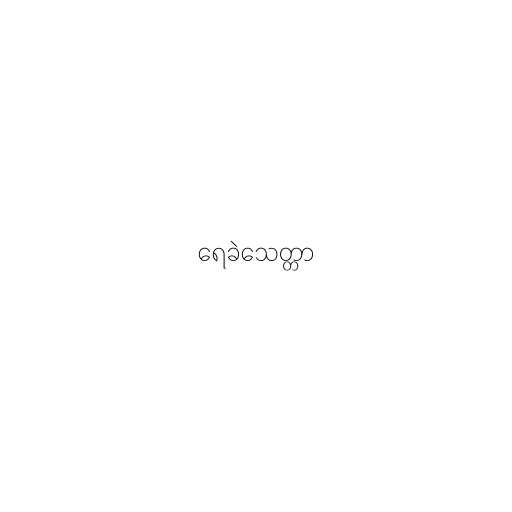
ရေခဲသေတ္တာ